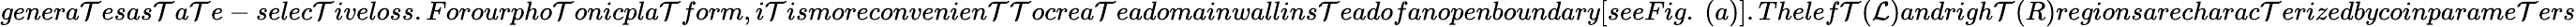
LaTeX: genera\mathcal{T}esas\mathcal{T}a\mathcal{T}e-selec\mathcal{T}iveloss.Forourpho\mathcal{T}onicpla\mathcal{T}form,i\mathcal{T}ismoreconvenien\mathcal{T}\mathcal{T}ocrea\mathcal{T}eadomainwallins\mathcal{T}eadofanopenboundary[seeFig.~(a)].Thelef\mathcal{T}(\mathcal{L})andrigh\mathcal{T}(R)regionsarecharac\mathcal{T}erizedbycoinparame\mathcal{T}ers